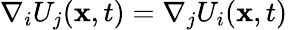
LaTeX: \nabla_{i}U_{j}(\mathbf{x},t)=\nabla_{j}U_{i}(\mathbf{x},t)